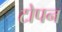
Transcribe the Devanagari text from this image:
टोपन